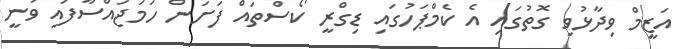
އަޒީމް ވިދާޅުވި ގޮތުގައި އެ ކެމްޕަހުގައި ޑިގްރީ ކޯސްތައް ފަށަން ހަމަޖައްސާފައި ވަނީ